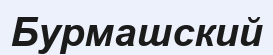
Бурмашский